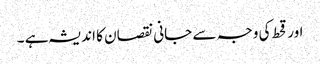
اور قحط کی وجہ سے جانی نقصان کا اندیشہ ہے ۔